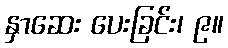
နှာဆေး ပေးခြင်း၊ ၉။